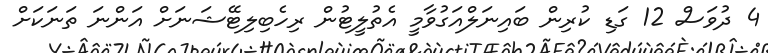
4 ދުވަސް 12 ގަޑި ކުރިން ބައިނަލްއަގުވާމީ އެތުލީޓުން ރިހެބިލިޓޭޝަނަށް އަންނަ ތަނަކަށް